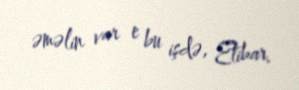
əməlin var e bu işdə, Etibar.